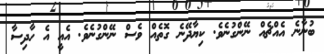
ބުނާނެ އެއްޗެއް ނޭންގުނެވެ. ކިޔާދޭނެ ގޮތެއް ވެސް ނޭންގުނެވެ. އެއީ އެ ހާދިސާ